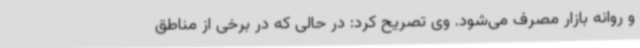
و روانه بازار مصرف می‌شود. وی تصریح کرد: در حالی که در برخی از مناطق